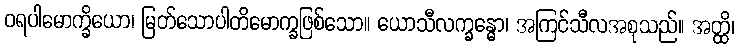
ဝရပါမောက္ခိယော၊ မြတ်သောပါတိမောက္ခဖြစ်သော။ ယောသီလက္ခန္ဓော၊ အကြင်သီလအစုသည်။ အတ္ထိ၊